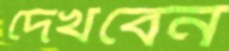
দেখবেন